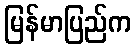
မြန်မာပြည်က